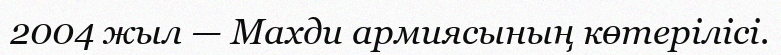
2004 жыл — Махди армиясының көтерілісі.